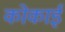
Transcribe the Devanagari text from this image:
कोकाई